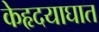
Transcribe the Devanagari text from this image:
केहृदयाघात